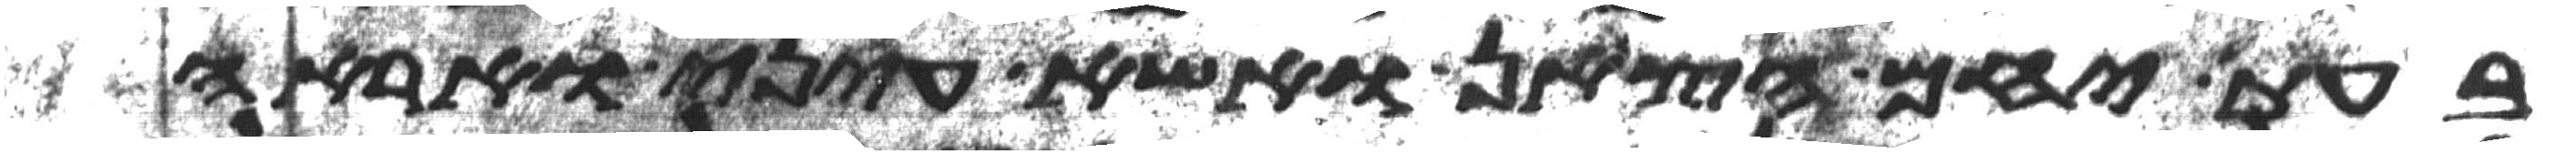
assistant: בעת יחם הצאן ואשא עיני ואראה